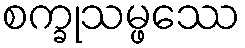
စက္ခုသမ္ဖဿေ